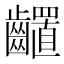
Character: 𪙳